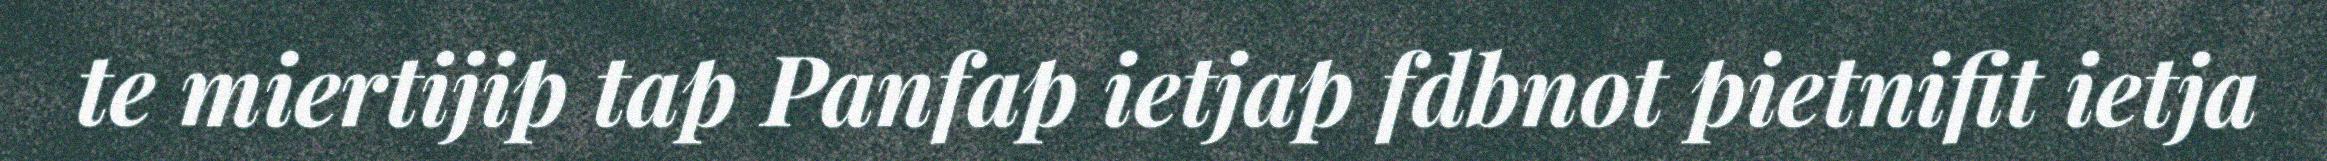
te miertijip tap Panfap ietjap fdbnot pietnifit ietja